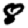
Digit: 8